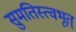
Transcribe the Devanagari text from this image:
सुमतिस्त्वभूत्